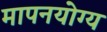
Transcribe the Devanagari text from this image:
मापनयोग्य